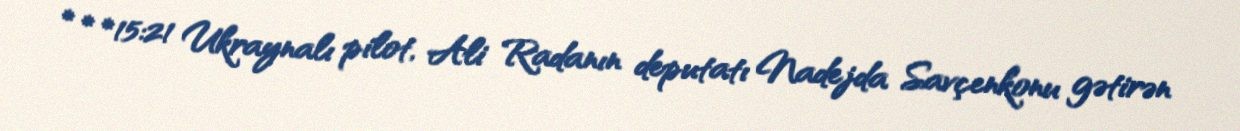
* * *15:21 Ukraynalı pilot, Ali Radanın deputatı Nadejda Savçenkonu gətirən